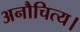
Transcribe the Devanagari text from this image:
अनौचित्य।